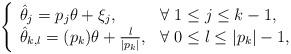
LaTeX: \begin{align*}\left\{\begin{array}{ll}\hat{\theta}_{j}=p_{j}\theta+\xi_{j},& \forall\ 1\leq j\leq k-1,\\\hat{\theta}_{k,l}=(p_{k})\theta+{l\over |p_{k}|},& \forall\ 0\leq l\leq |p_{k}|-1,\\\end{array}\right.\end{align*}